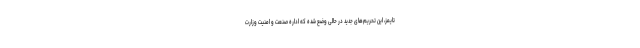
تایمز، این تحریم‌های جدید در حالی وضع شده که اداره صنعت و امنیت وزارت